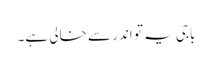
باجی یہ تو اندر سے خالی ہے۔